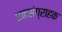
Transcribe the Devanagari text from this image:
धनसंग्राहक